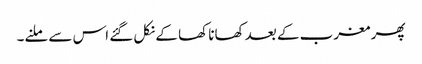
پھر مغرب کے بعد کھانا کھا کے نکل گئے اس سے ملنے۔